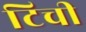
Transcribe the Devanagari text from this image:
टिची